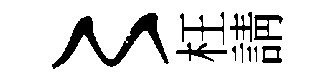
〻枉請